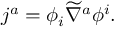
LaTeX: j ^ { a } = \phi _ { i } \widetilde { \nabla } ^ { a } \phi ^ { i } .